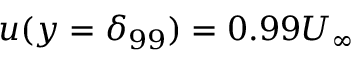
u ( y = \delta _ { 9 9 } ) = 0 . 9 9 U _ { \infty }